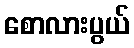
စောလားပွယ်